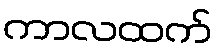
ကာလထက်